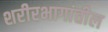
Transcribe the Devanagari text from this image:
शरीरभागांतील